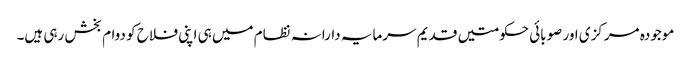
موجودہ مرکزی اور صوبائی حکومتیں قدیم سرمایہ دارانہ نظام میں ہی اپنی فلاح کو دوام بخش رہی ہیں۔